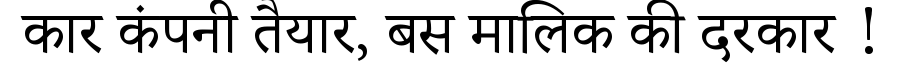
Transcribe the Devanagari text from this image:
कार कंपनी तैयार, बस मालिक की दरकार !